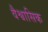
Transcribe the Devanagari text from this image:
वैश्वासिक